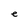
Character: e